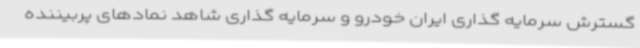
گسترش سرمایه گذاری ایران خودرو و سرمایه گذاری شاهد نمادهای پربیننده